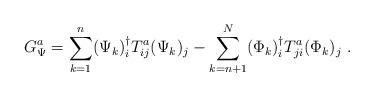
LaTeX: \begin{align*}G_\Psi^a = \sum_{k=1}^n (\Psi_k )_i^\dagger T_{ij}^a (\Psi_k )_j - \sum_{k=n+1}^N (\Phi_k )_i^\dagger T_{ji}^a (\Phi_k )_j~.\end{align*}